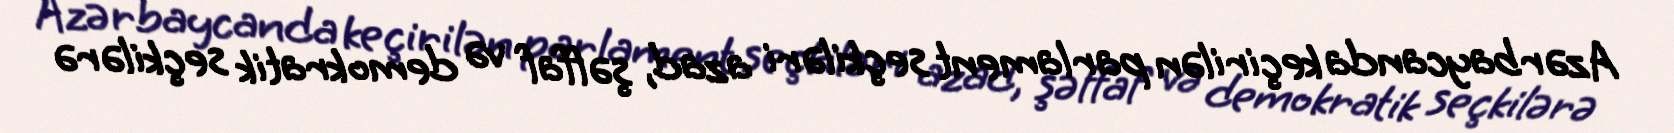
Azərbaycanda keçirilən parlament seçkiləri azad, şəffaf və demokratik seçkilərə